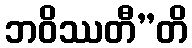
ဘဝိဿတီ”တိ